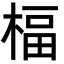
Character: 楅